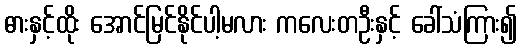
ဓားနှင့်ထိုး အောင်မြင်နိုင်ပါ့မလား ကလေးတဦးနှင့် ခေါ်သံကြား၍